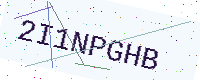
Text: 2I1NPGHB